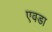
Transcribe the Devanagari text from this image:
एवडा